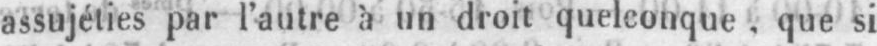
assujéties par l’autre à un droit quelconque. que si